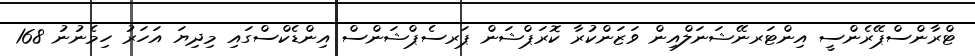
ޓްރާންސްޕޭރެންސީ އިންޓަރނޭޝަނަލްއިން ވަޒަންކުރާ ކޮރަޕްޝަން ޕަރސެޕްޝަންސް އިންޑެކްސްގައި މިދިޔަ އަހަރު ހިމެނުނު 168